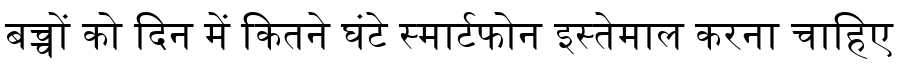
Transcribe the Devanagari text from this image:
बच्चों को दिन में कितने घंटे स्मार्टफोन इस्तेमाल करना चाहिए